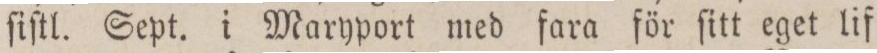
ſiſtl. Sept. i Maryport med fara för ſitt eget lif